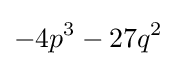
-4p^{3}-27q^{2}